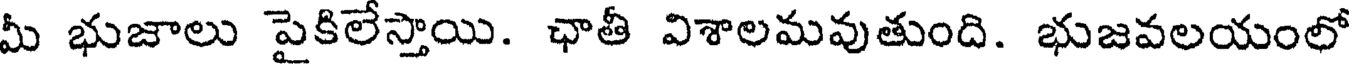
మీ భుజాలు పైకిలేస్తాయి. ఛాతీ విశాలమవుతుంది. భుజవలయంలో